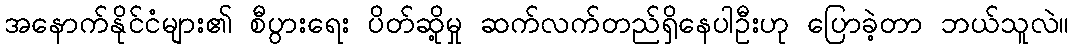
အနောက်နိုင်ငံများ၏ စီပွားရေး ပိတ်ဆို့မှု ဆက်လက်တည်ရှိနေပါဦးဟု ပြောခဲ့တာ ဘယ်သူလဲ။